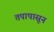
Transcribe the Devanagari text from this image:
तपापासून